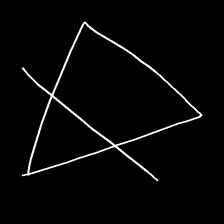
Glyph: empower